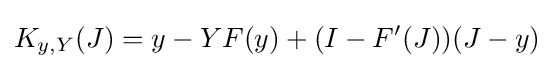
K_{y,Y}(J)=y-YF(y)+(I-F'(J))(J-y)